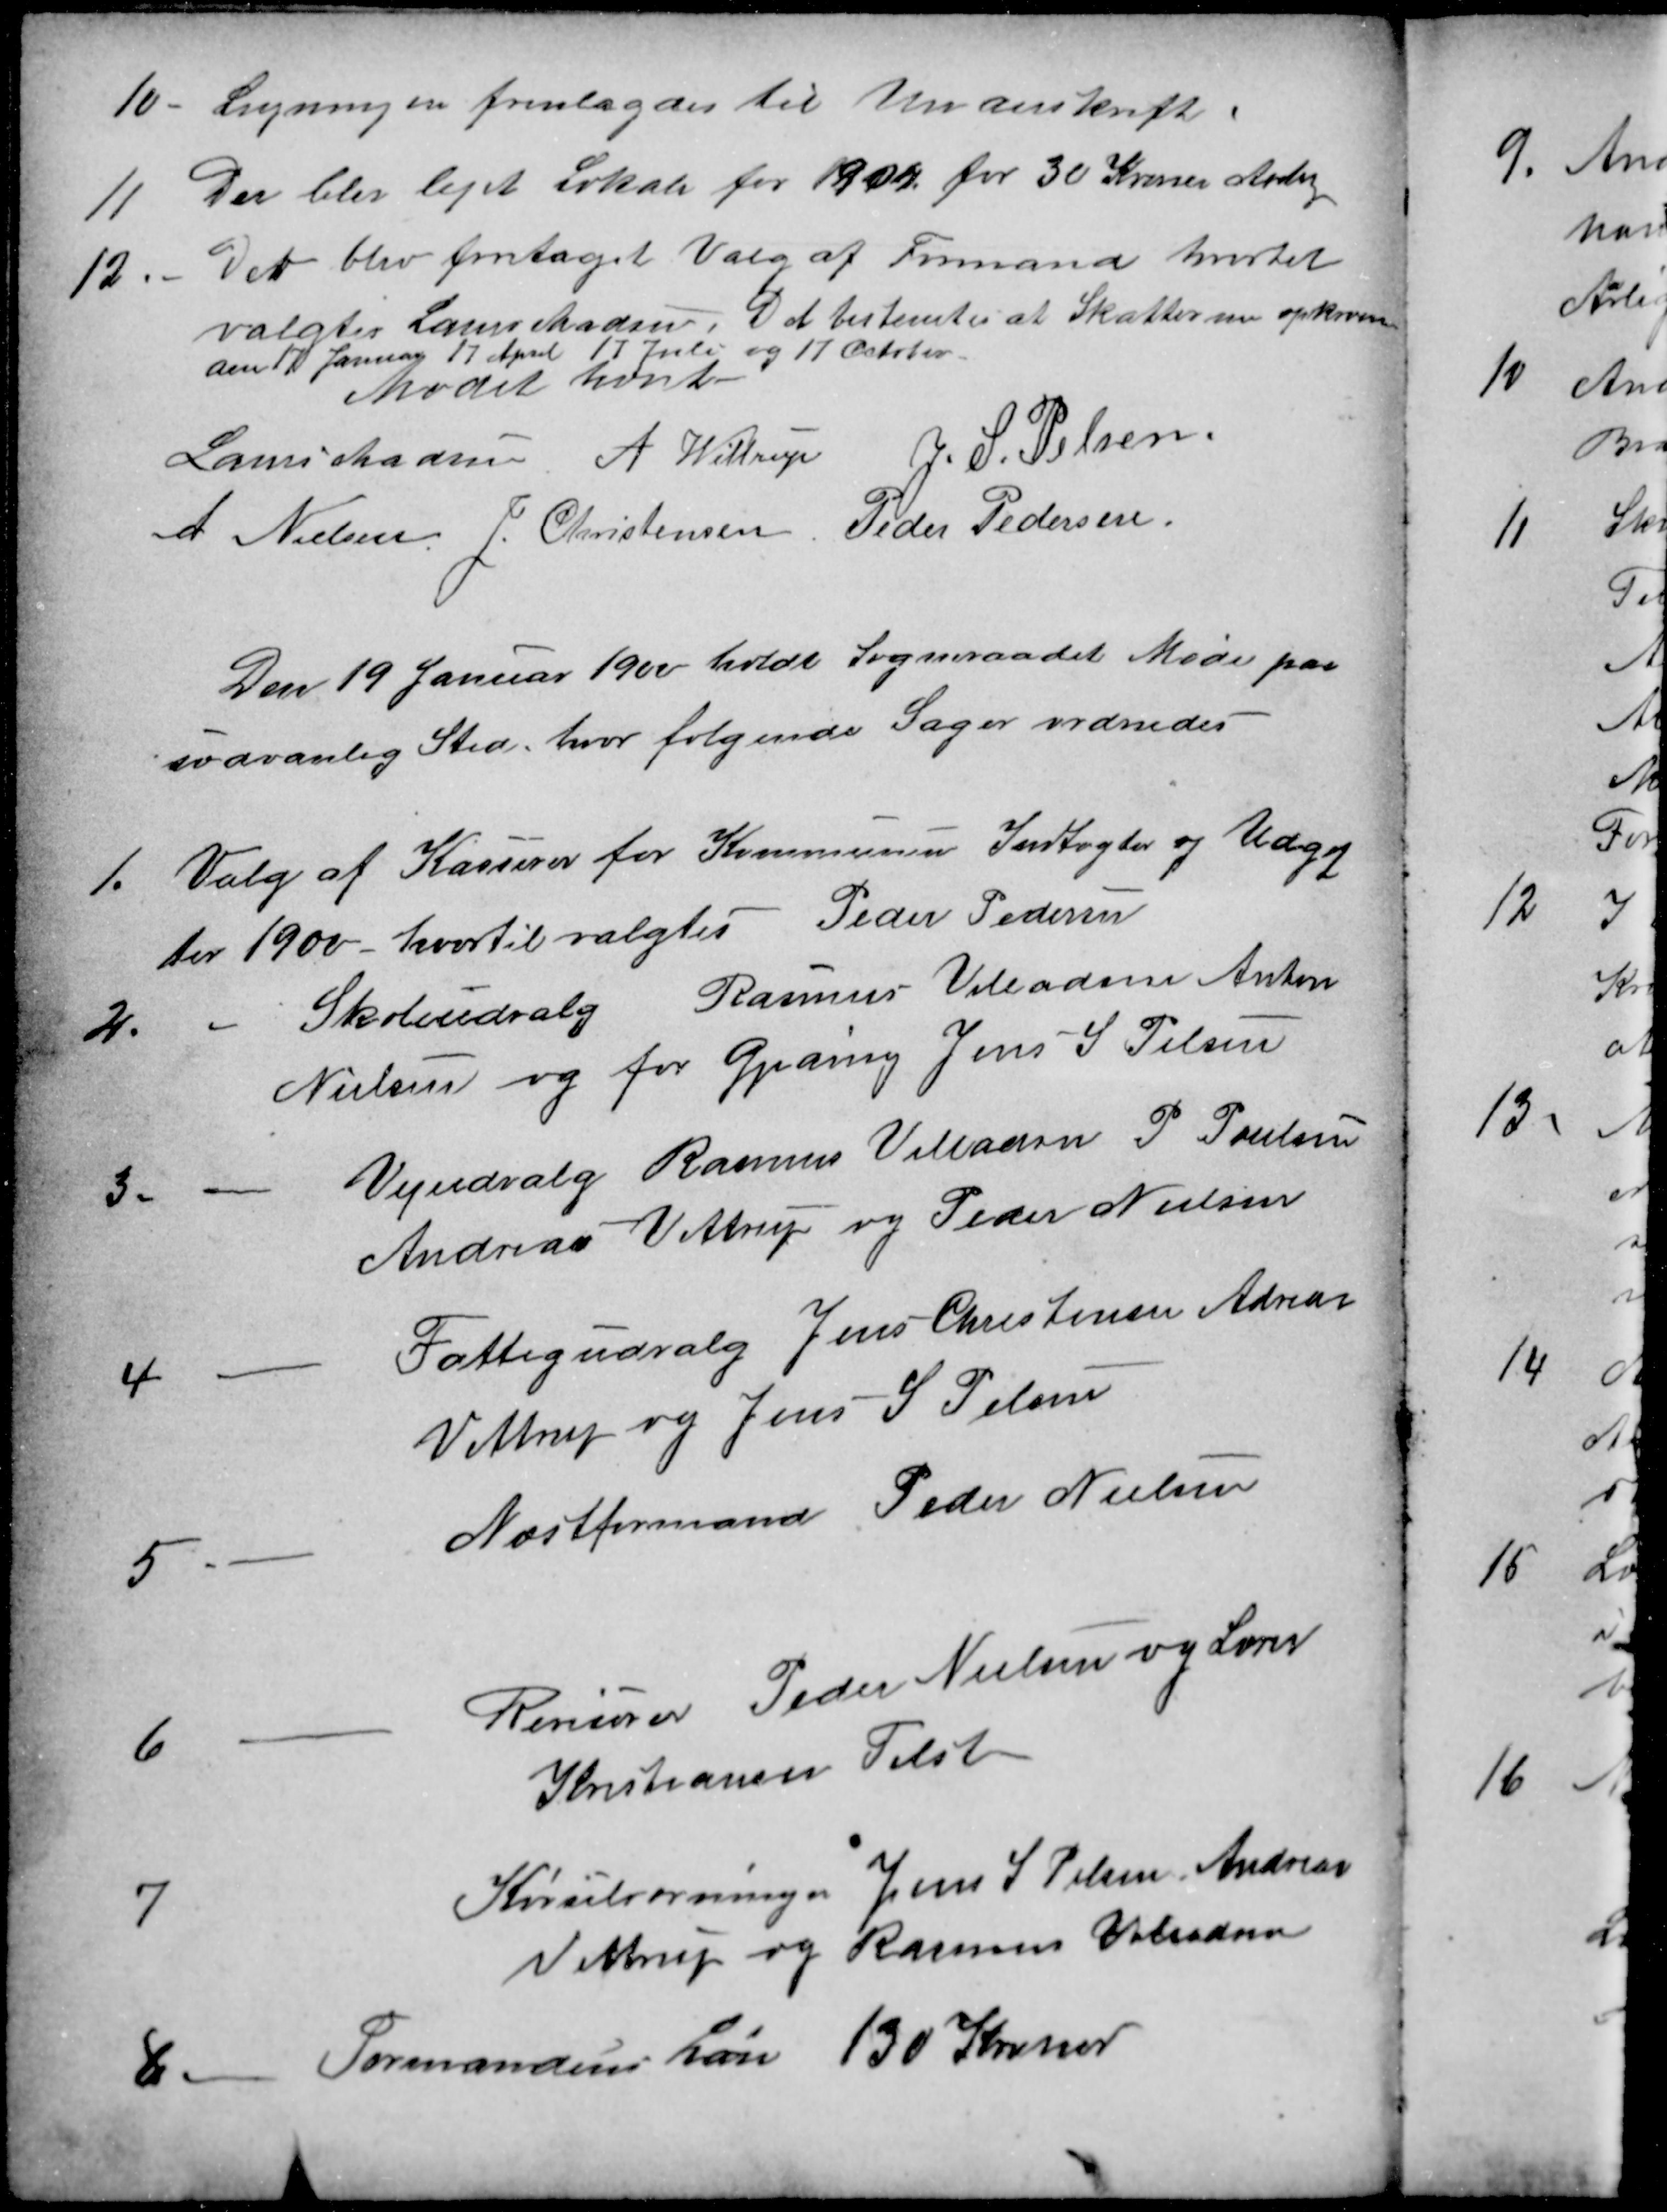
Transskription:
10
Ligningen fremlagdes til Underskrift.
11
Der blev lejet Lokale for 1900 for 30 Kroner Aarlig
12.
Det blev foretaget Valg af Formand hvortil
valgtes Laurs Madsen. Det bestemtes at Skatterne opkræves
den 17 Januar 17 April 17 Juli og 17 October
Mødet hævet
Laurs Madsen
A. Wittrup
J. S. Pelsen
A. Nielsen
J. Christensen
Peder Pedersen
Den 19 Januar 1900 holdt Sogneraadet Møde paa
sædvanlig Sted, hvor følgende Sager ordnedes
1.
Valg af Kasserer for Kommunens Indtægter og Udgif
ter 1900 - hvortil valgtes Peder Pedersen
2.
Skoleudvalg Rasmus Villadsen Anton
Nielsen og for Gjeding Jens S. Pelsen
3.
Vejudvalg Rasmus Villadsen P Poulsen
Andreas Vittrup og Peder Nielsen
4
Fattigudvalg Jens Christensen Andreas
Vittrup og Jens S Pelsen
5
Næstformand Peder Nielsen
6
Revisorer Peder Nielsen og Lærer
Kristiansen Tilst
7
Kørselsorningen Jens S. Pelsen Andreas
Vittrup og Rasmus Villadsen
8
Formandens Løn 130 Kroner